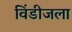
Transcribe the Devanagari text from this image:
विंडीजला